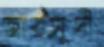
জায়সুদী